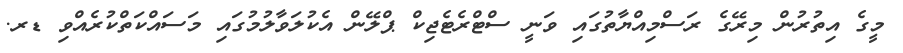
މީގެ އިތުރުން މިރޭގެ ރަސްމިއްޔާތުގައި ވަނީ ސްޓްރެޓެޖިކް ޕްލޭން އެކުލަވާލުމުގައި މަސައްކަތްކުރެއްވި ޑރ.